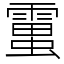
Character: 𧒜